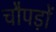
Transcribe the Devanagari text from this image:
चौपड़ों